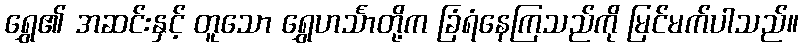
ရွှေ၏ အဆင်းနှင့် တူသော ရွှေဟင်္သာတို့က ခြံရံနေကြသည်ကို မြင်မက်ပါသည်။